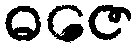
ဓဇေ